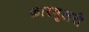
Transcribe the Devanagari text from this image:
फ़ारमुलरी